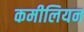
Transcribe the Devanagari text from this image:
कमीलियन